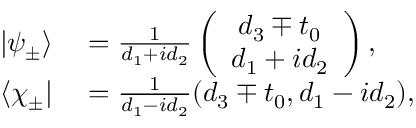
\begin{array} { r l } { | \psi _ { \pm } \rangle } & { { } = \frac { 1 } { d _ { 1 } + i d _ { 2 } } \left( \begin{array} { c } { d _ { 3 } \mp t _ { 0 } } \\ { d _ { 1 } + i d _ { 2 } } \end{array} \right) , } \\ { \langle \chi _ { \pm } | } & { { } = \frac { 1 } { d _ { 1 } - i d _ { 2 } } ( d _ { 3 } \mp t _ { 0 } , d _ { 1 } - i d _ { 2 } ) , } \end{array}